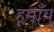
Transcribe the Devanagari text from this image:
हूमाँयु